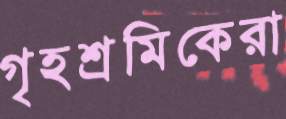
গৃহশ্রমিকেরা